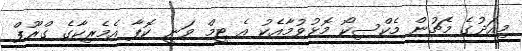
މިއަދުގެ މެޗުން މެކްސިކޯ މޮޅުވުމާއެކު އެ ޓީމް ވަނީ ކޮޕާ އެމެރިކާގެ ގްރޫޕް